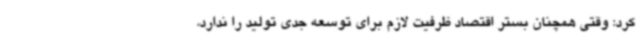
کرد: وقتی همچنان بستر اقتصاد ظرفیت لازم برای توسعه جدی تولید را ندارد،